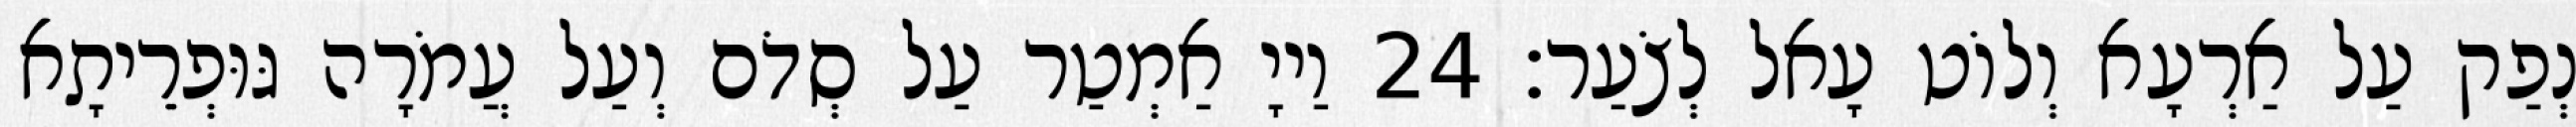
נְפַק עַל אַרְעָא וְלוֹט עָאל לְצֹעַר׃ 24 וַייָ אַמְטַר עַל סְדֹם וְעַל עֲמֹרָה גּוּפְרֵיתָא